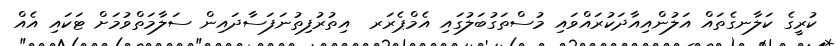
ކުރީގެ ކަލާނގެތައް އަލުންއިއާދަކުރައްވައި މުސްތަގުބަލުގައި އެމްޕެރަރ  އިތުރުފިތުނަފަސާދައިން ސަލާމަތްވުމަށް ޓަކައި އެއް